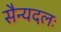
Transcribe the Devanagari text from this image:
सैन्यदलः